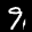
Label: 9